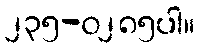
၂၃၅-၀၂၈၅ပါ။